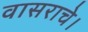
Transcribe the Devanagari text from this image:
वासराचे।